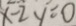
x - 2 y = 0